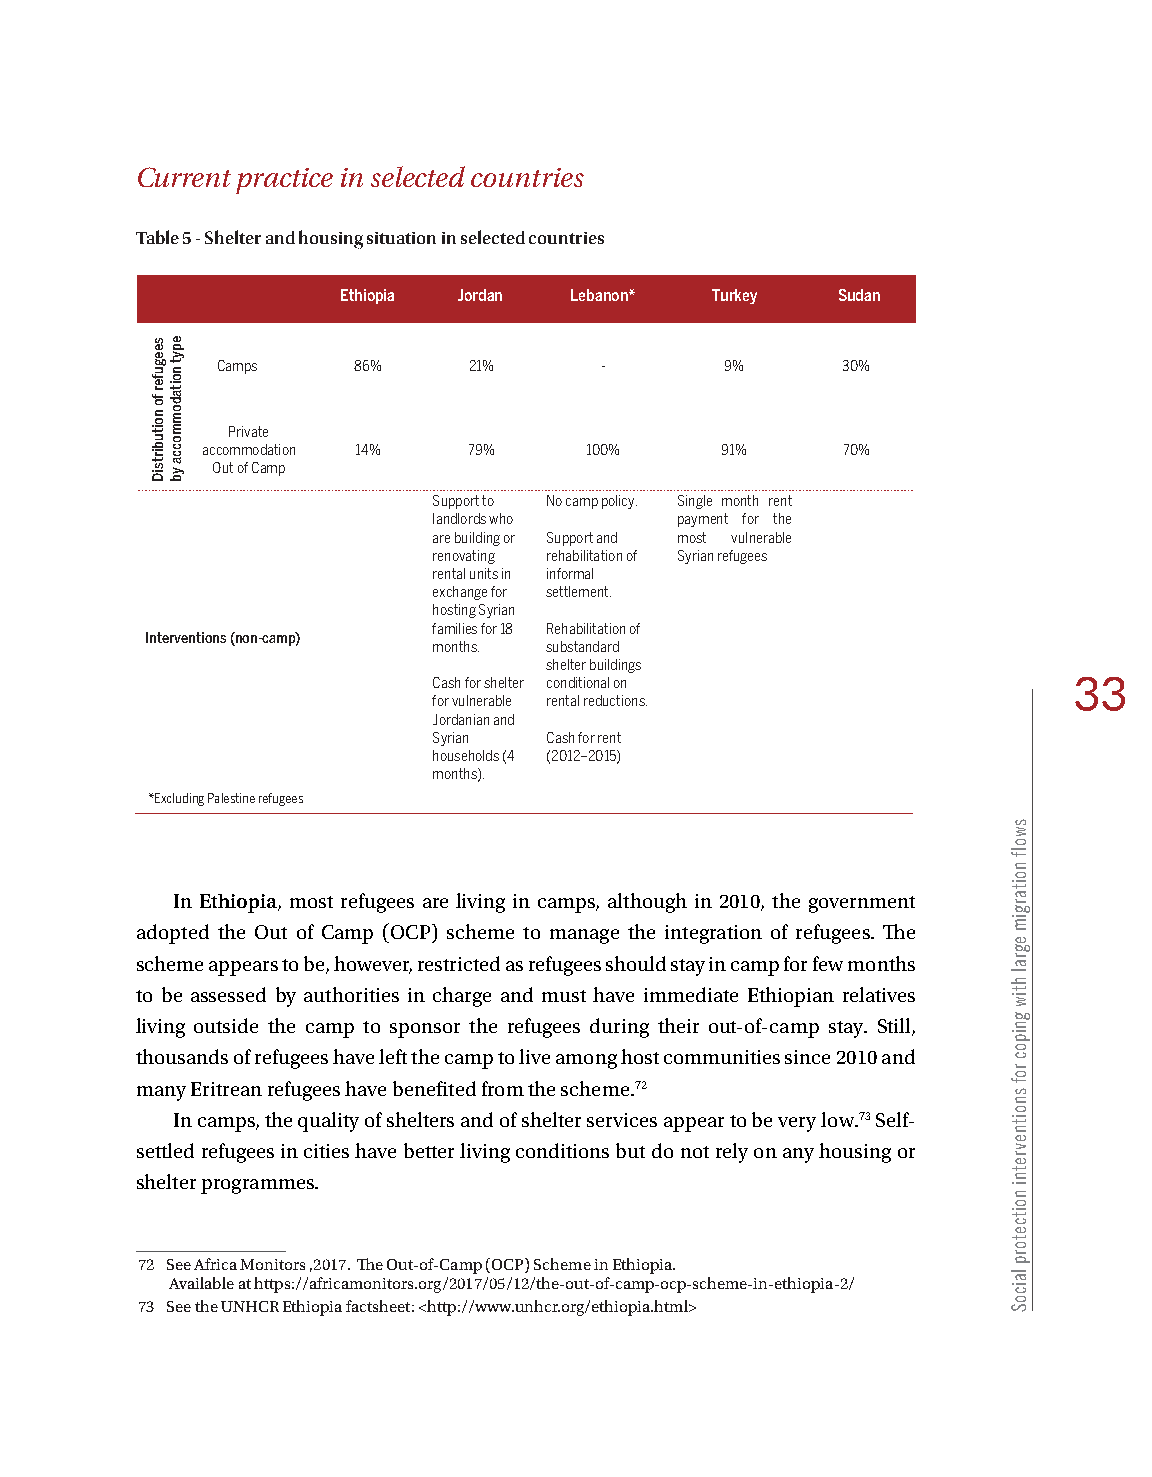
Current practice in selected countries
 Table 5 - Shelter and housing situation in selected countries
 Ethiopia Jordan Lebanon* Turkey Sudan
 Camps    86%     21%      -       9%      30%
 Private
 accommodation 14% 79%     100%     91%     70%
 Out of Camp
 Support to No camp policy. Single month rent
 landlords who   payment for the
 are building or Support and most vulnerable
 renovating rehabilitation of Syrian refugees
 rental units in informal
 exchange for settlement.
 hosting Syrian
 families for 18 Rehabilitation of
 Interventions (non-camp)
 months. substandard
 shelter buildings
 Cash for shelter conditional on           33
 for vulnerable rental reductions.
 Jordanian and
 Syrian Cash for rent
 households (4 (2012–2015)
 months).
 *Excluding Palestine refugees
 In Ethiopia, most refugees are living in camps, although in 2010, the government
 adopted the Out of Camp (OCP) scheme to manage the integration of refugees. The
 scheme appears to be, however, restricted as refugees should stay in camp for few months
 to be assessed by authorities in charge and must have immediate Ethiopian relatives
 living outside the camp to sponsor the refugees during their out-of-camp stay. Still,
 thousands of refugees have left the camp to live among host communities since 2010 and
 many Eritrean refugees have benefited from the scheme.72
 In camps, the quality of shelters and of shelter services appear to be very low.73 Self-
 settled refugees in cities have better living conditions but do not rely on any housing or
 shelter programmes.
 72 See Africa Monitors ,2017. The Out-of-Camp (OCP) Scheme in Ethiopia.
 Available at https://africamonitors.org/2017/05/12/the-out-of-camp-ocp-scheme-in-ethiopia-2/
 73 See the UNHCR Ethiopia factsheet: <http://www.unhcr.org/ethiopia.html>
 seegufer
 fo
 noitubirtsiD
 epyt
 noitadommocca
 yb
 swolf
 noitargim
 egral
 htiw
 gnipoc
 rof
 snoitnevretni
 noitcetorp
 laicoS